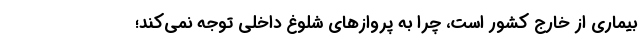
بیماری از خارج کشور است، چرا به پروازهای شلوغ داخلی توجه نمی‌کند؛